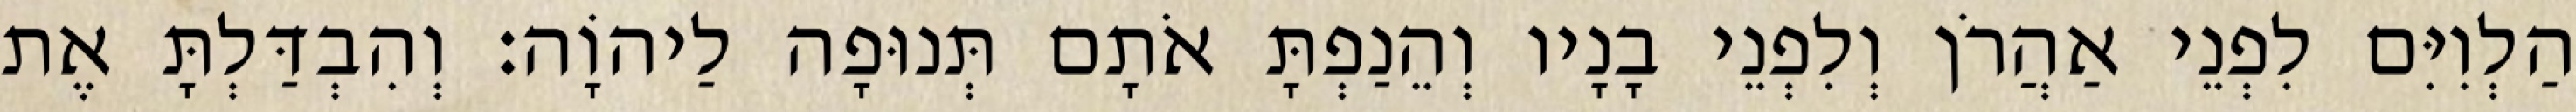
הַלְוִיִּם לִפְנֵי אַהֲרֹן וְלִפְנֵי בָנָיו וְהֵנַפְתָּ אֹתָם תְּנוּפָה לַיהוָֹה׃ וְהִבְדַּלְתָּ אֶת